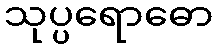
သုပ္ပရောဓော